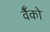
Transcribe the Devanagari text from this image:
वैँको